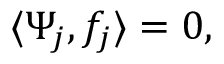
\langle \Psi _ { j } , f _ { j } \rangle = 0 ,